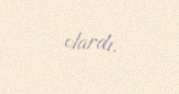
olardı.